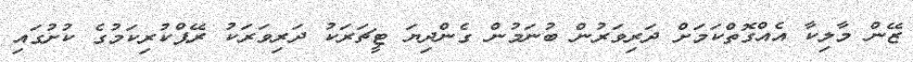
ޒޭން މާލިކާ އެއްގޮތްކަމަށް ދަރިވަރުން ބުނަމުން ގެންދިޔަ ޓީޗަރަކު ދަރިވަރަކު ރޭޕްކުރިކަމުގެ ކުށުގައި